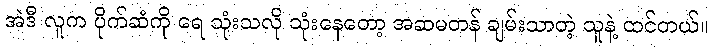
အဲဒီ လူက ပိုက်ဆံကို ရေ သုံးသလို သုံးနေတော့ အဆမတန် ချမ်းသာတဲ့ သူနဲ့ ထင်တယ်။